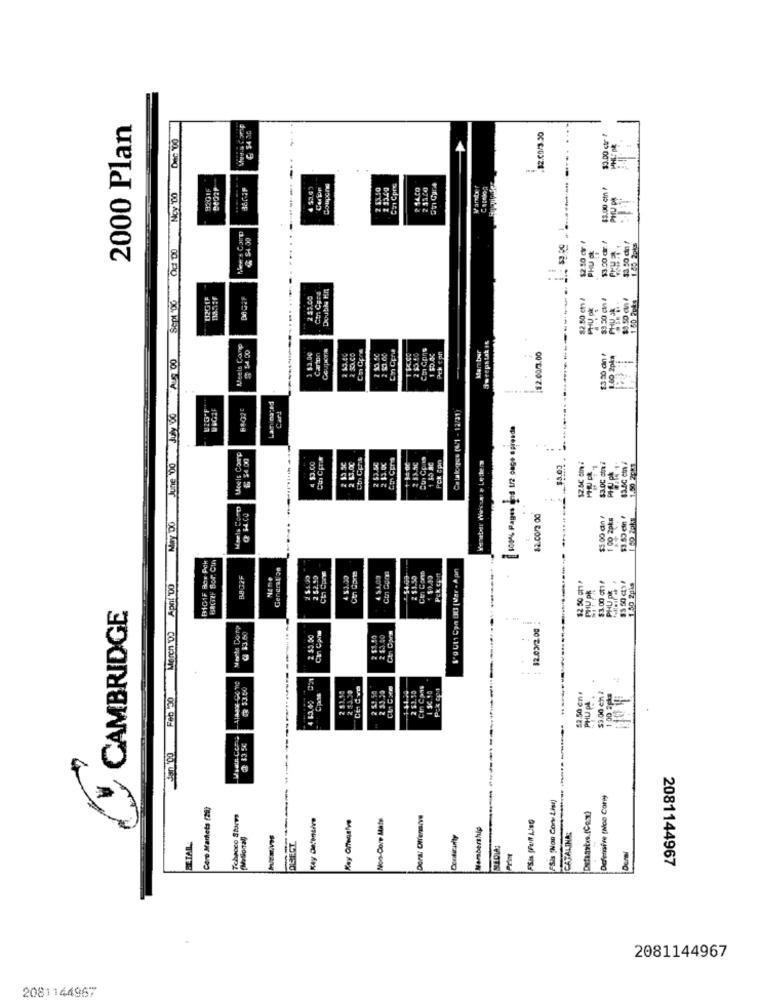
2000 Plan
...
Dec '00
.82.00/3.50
$0.00 ctr ?
-..
92GIF
Carpp
2 334g
Cai Cpre
P 14.CO
2 3320
$3.00 ct P
Ncy '00
PHU PR
Meers Camp
Od DO
12.10 of !
PHU OK
$3.00 dr /
1.49 2pks
Doubis Kn
Sept '00
2 83.00
$2.50 ct /
1.50 Ppks
PHU DE
$5.50 an
Weels Come
Coupons
Swrepstak I
AS 00
1 53,0€
2 $3.00
Marber
$2.00/3.00
$3 50 din
1.00 2pką
Carl
June 00 July 00
Catalogue [6/1 - 12/31)
100% Pages and 1/2 cage spiesde
Meels Comp
& $4.00
Con Cori&
Cos CErs
Etn Cp.as
4 53.00
2 33 5C
2 43.00
2 53.50
2 13.00
2 53.50
1 85 AC
PCk Cpn
Lettem
$3.00 chni
1.50 2gb
May DO
$5 .00 Ghn
1 00 2pks
B101F Box Pek
BaCHEF Sor Cin
General 28
2 52.50
Cti Cprw
Cin Goon
2 $3.50
Con Conn
$ $0.49
Pek cant
Apnt DO
$3.00 ot1/
1.50 2gis
PHU P
CAMBRIDGE
March DO
Mente Comnp
12.03/2.00
2 $5.50
2 $3.50
2 $3.40
Cin Con
....
OR 13.50
2 5.1.50
2 33.20
4 6349
COM
52.50 en.
PHU PL
$3.00 eh !
1.00 3pls
NNG
dan 00
Defensive (Nao Cony
Core Marketa (29)
FSis "Non Con Lisi)
Tchaoco Storms
Non-Core Mats
Membership
CATALINA:
Conticanty
EZTALL
2081144967
2081144967
2081144967